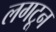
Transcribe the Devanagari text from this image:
लगटून